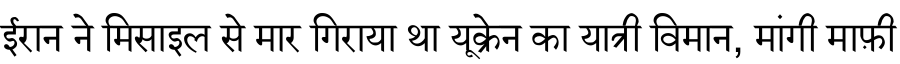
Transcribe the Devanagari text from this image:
ईरान ने मिसाइल से मार गिराया था यूक्रेन का यात्री विमान, मांगी माफ़ी